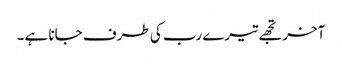
آخر تجھے تیرے رب کی طرف جانا ہے۔